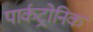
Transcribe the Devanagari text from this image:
पार्कट्रोनिक